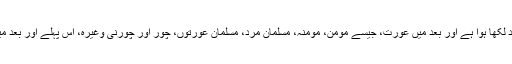
قرآن میں جہاں جہاں مردوں اور عورتوں کا ذکر ہے وہاں پہلے مرد لکھا ہوا ہے اور بعد میں عورت، جیسے مومن، مومنہ، مسلمان مرد، مسلمان عورتوں، چور اور چورنی وغیرہ، اس پہلے اور بعد میں خطاب کرنے سے کرنے سے کسی پر بھی حکم میں نرمی نہیں۔